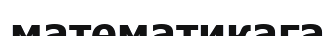
математикаға